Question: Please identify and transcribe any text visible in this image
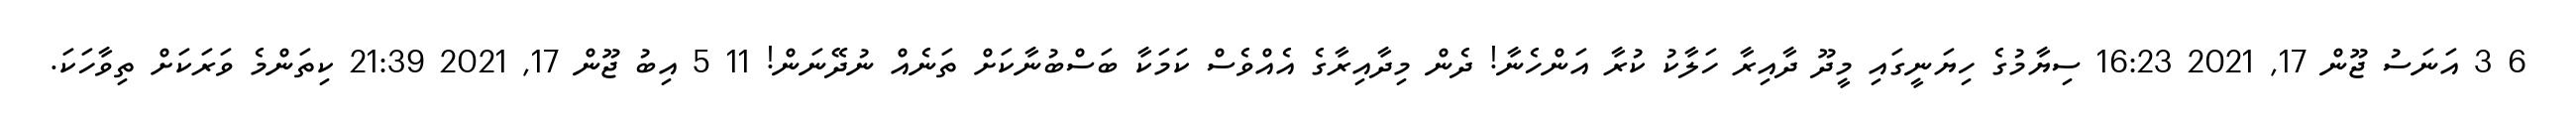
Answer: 6 3 އަނަސު ޖޫން 17, 2021 16:23 ސިޔާމުގެ ހިޔަނީގައި މީދޫ ދާއިރާ ހަލާކު ކުރާ އަންހެނާ! ދެން މިދާއިރާގެ އެއްވެސް ކަމަކާ ބަސްބުނާކަށް ތަނެއް ނުދޭނަން! 11 5 އިބު ޖޫން 17, 2021 21:39 ކިތަންމެ ވަރަކަށް ތިވާހަކަ.